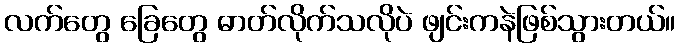
လက်တွေ ခြေတွေ ဓာတ်လိုက်သလိုပဲ ဖျင်းကနဲဖြစ်သွားတယ်။